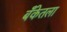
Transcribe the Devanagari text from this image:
बँकेतला